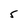
Character: 5